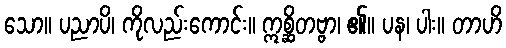
သော။ ပညာပိ၊ ကိုလည်းကောင်း။ ဣစ္ဆိတဗ္ဗာ၊ ၏။ ပန၊ ပါး။ တာဟိ